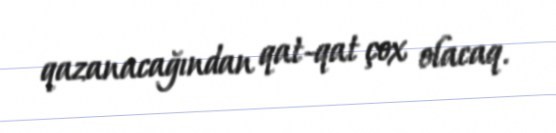
qazanacağından qat-qat çox olacaq.